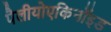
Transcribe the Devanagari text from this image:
पैलीयोएकिनॉइड